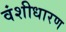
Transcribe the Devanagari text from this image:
वंशीधारण